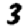
Digit: 3